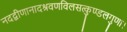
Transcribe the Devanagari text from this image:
नदद्वीणानादश्रवणविलसत्कुण्डलगुणा।